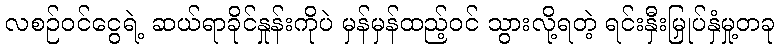
လစဉ်ဝင်ငွေရဲ့ ဆယ်ရာခိုင်နှုန်းကိုပဲ မှန်မှန်ထည့်ဝင် သွားလို့ရတဲ့ ရင်းနှီးမြှုပ်နှံမှု့တခု